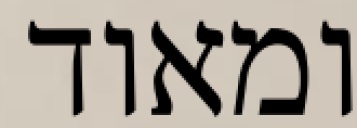
ומאוד